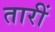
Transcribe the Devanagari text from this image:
तारीं